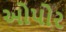
ઓપોર